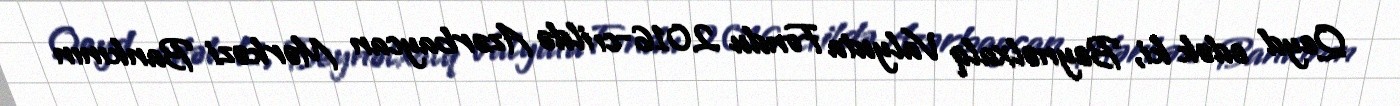
Qeyd edək ki, Beynəlxalq Valyuta Fondu 2016-cı ildə Azərbaycan Mərkəzi Bankının